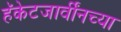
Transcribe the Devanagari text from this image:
हॅकेटजार्वींनच्या